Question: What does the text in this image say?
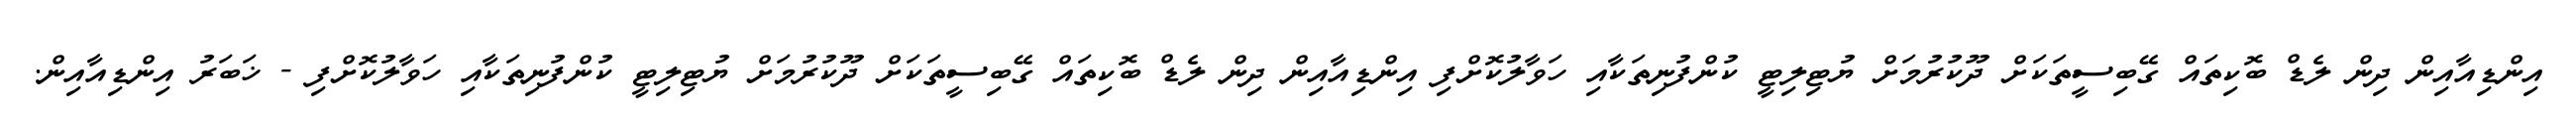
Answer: އިންޑިއާއިން ދިން ލެޑް ބޮކިތައް ގޭބިސީތަކަށް ދޫކުރުމަށް ޔުޓިލިޓީ ކުންފުނިތަކާއި ހަވާލުކޮށްފި އިންޑިއާއިން ދިން ލެޑް ބޮކިތައް ގޭބިސީތަކަށް ދޫކުރުމަށް ޔުޓިލިޓީ ކުންފުނިތަކާއި ހަވާލުކޮށްފި - ޚަބަރު އިންޑިއާއިން.